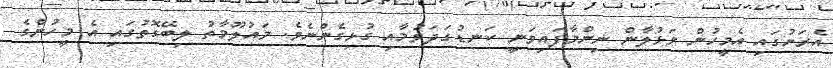
އެރަށުގައި އެމީހުން ވަޅުލާން ނިންމާފައިވަނީ ކަނޑުގަދަވުމާއި ގުޅިގެންނެވެ. މައުލޫމާތު ލިބޭގޮތުގައި އެ މީހުންގެ